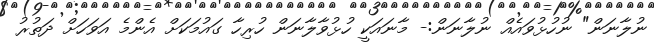
ނުލާނަން" ނުހުޅުވައެއް ނުލާނަން:- މާނައަކީ ހުޅުވާލާނަން ހުރިހާ ގައުމަކަށް އެންމެ އަަވަހަށް ދަތުރު